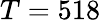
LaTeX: T=518